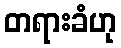
တရားခံဟု